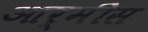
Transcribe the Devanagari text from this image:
आर्मीस